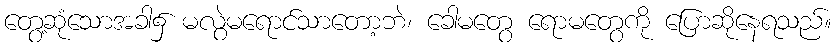
တွေ့ဆုံသောအခါ၌ မလွဲမရောင်သာတော့ဘဲ၊ ခေါမတွေ ရောမတွေကို ပြောဆိုနေရသည်။